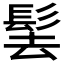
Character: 𩬨